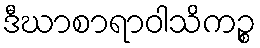
ဒီဃာစာရာဝါသိကဉ္စ